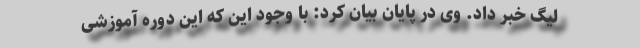
لیگ خبر داد. وی در پایان بیان کرد: با وجود این که این دوره آموزشی